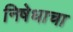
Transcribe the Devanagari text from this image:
निषेधाचा